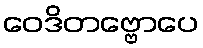
ဝေဒိတဗ္ဗောပေ